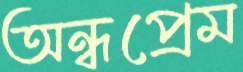
অন্ধপ্রেম